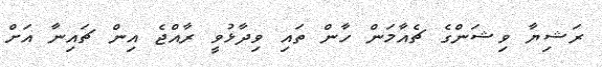
ރަޝިޔާ ވިޝަންގެ ޗެއާމަން ހާން ތައި ވިދާޅުވީ ރާއްޖެ އިން ޗައިނާ އަށް